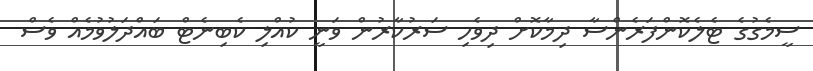
ސީމެގުގެ ޓެލެކޮންފަރެންސާ ދިމާކޮށް ދިވެހި ސަރުކާރުން ވަނީ ކުއްލި ކެބިނެޓް ބައްދަލުވުމެއް ވެސް